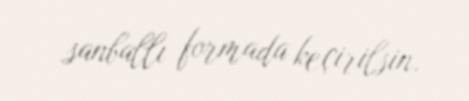
sanballı formada keçirilsin.